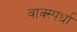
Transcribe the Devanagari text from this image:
वाक्स्पर्धा